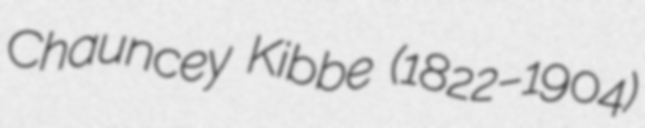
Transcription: Chauncey Kibbe (1822–1904)